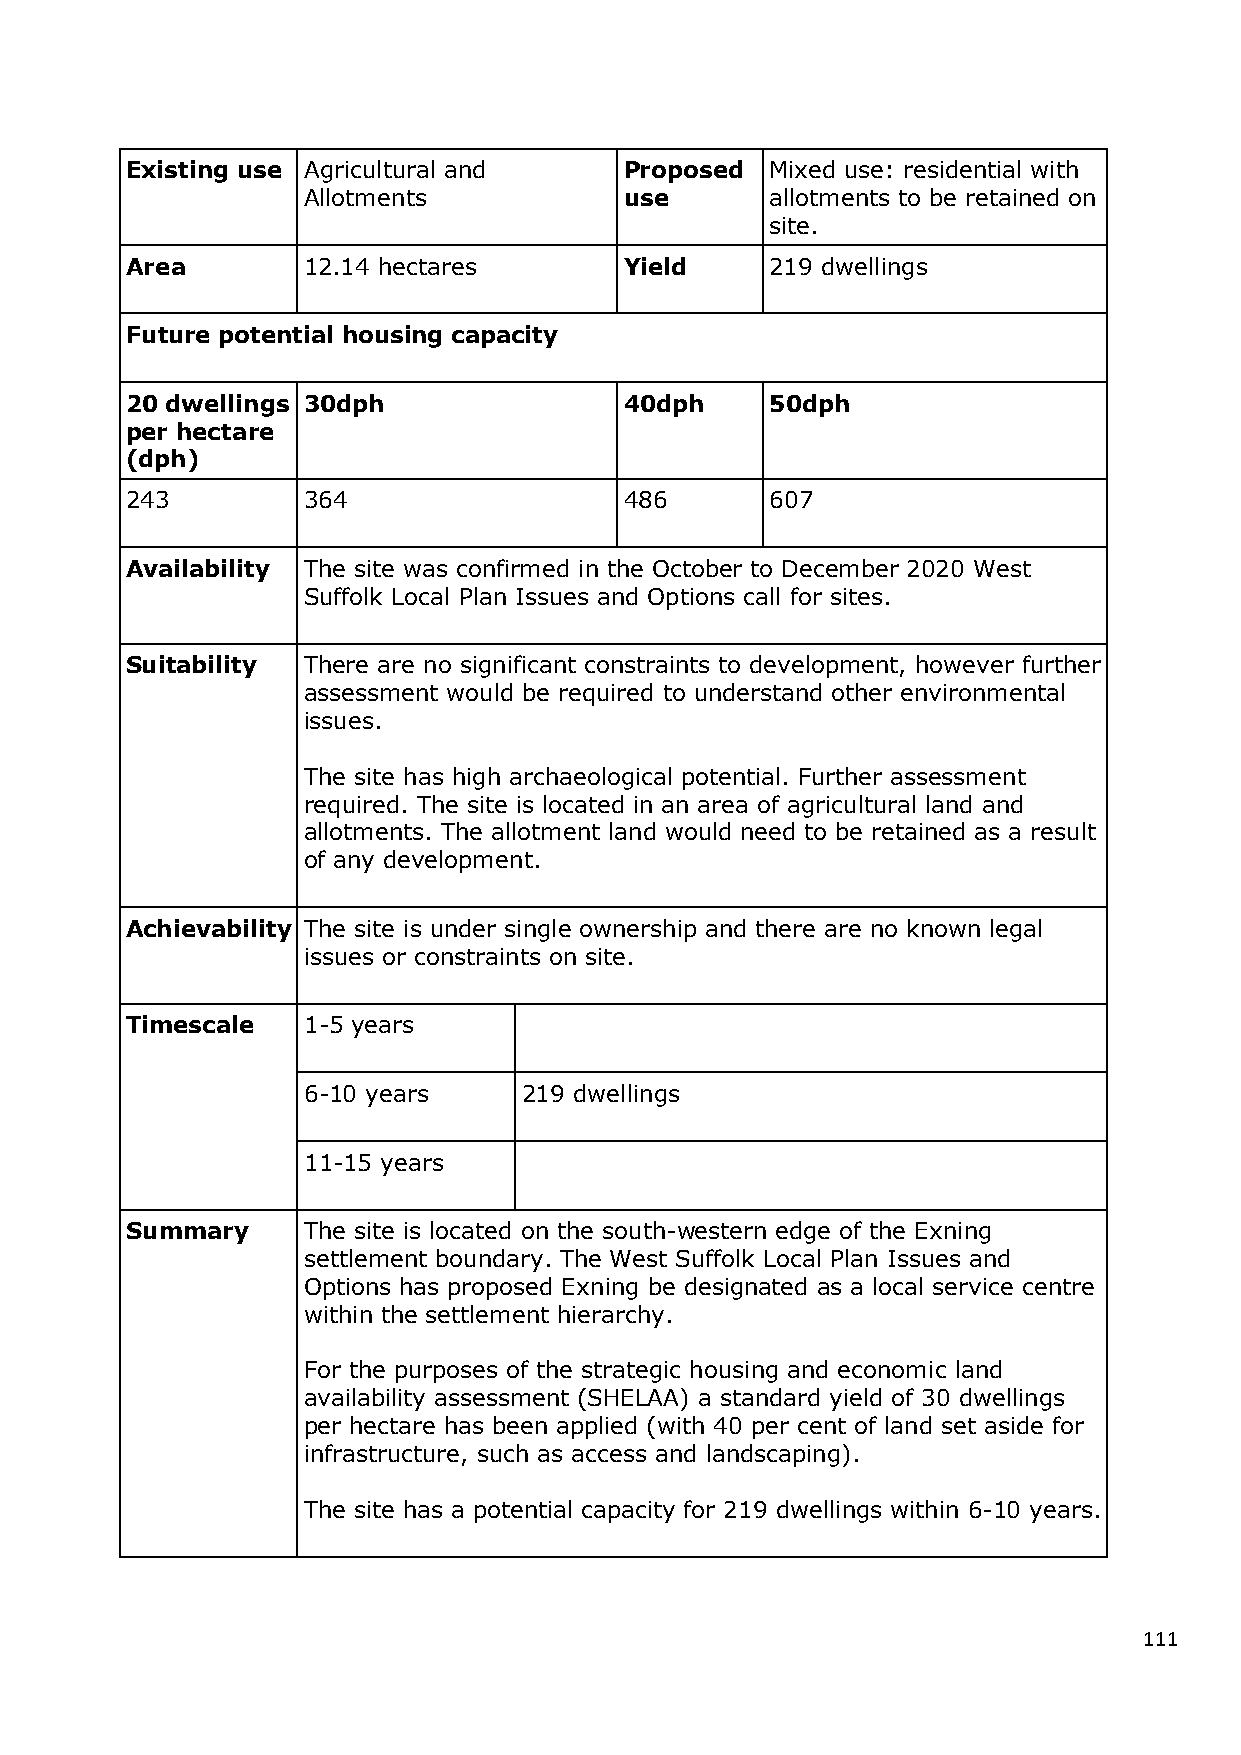
Existing use Agricultural and    Proposed  Mixed use: residential with
 Allotments           use       allotments to be retained on
 site.
 Area        12.14 hectares       Yield     219 dwellings
 Future potential housing capacity
 20 dwellings 30dph               40dph     50dph
 per hectare
 (dph)
 243         364                  486       607
 Availability The site was confirmed in the October to December 2020 West
 Suffolk Local Plan Issues and Options call for sites.
 Suitability There are no significant constraints to development, however further
 assessment would be required to understand other environmental
 issues.
 The site has high archaeological potential. Further assessment
 required. The site is located in an area of agricultural land and
 allotments. The allotment land would need to be retained as a result
 of any development.
 Achievability The site is under single ownership and there are no known legal
 issues or constraints on site.
 Timescale   1-5 years
 6-10 years     219 dwellings
 11-15 years
 Summary     The site is located on the south-western edge of the Exning
 settlement boundary. The West Suffolk Local Plan Issues and
 Options has proposed Exning be designated as a local service centre
 within the settlement hierarchy.
 For the purposes of the strategic housing and economic land
 availability assessment (SHELAA) a standard yield of 30 dwellings
 per hectare has been applied (with 40 per cent of land set aside for
 infrastructure, such as access and landscaping).
 The site has a potential capacity for 219 dwellings within 6-10 years.
 111